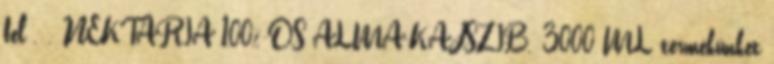
fel . . NEKTÁRIA 100%-OS ALMA-KAJSZIB. 3000 ML termékünket